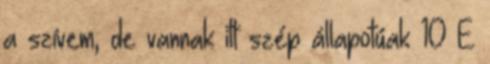
a szívem, de vannak itt szép állapotúak 10 E